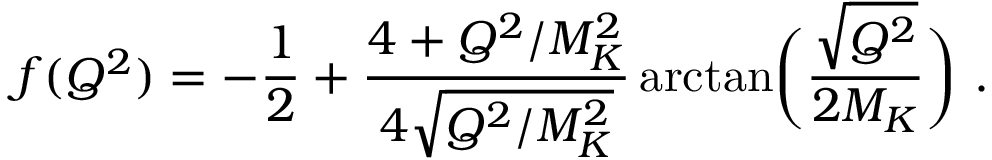
f ( Q ^ { 2 } ) = - \frac { 1 } { 2 } + \frac { 4 + Q ^ { 2 } / M _ { K } ^ { 2 } } { 4 \sqrt { Q ^ { 2 } / M _ { K } ^ { 2 } } } \arctan \biggl ( \frac { \sqrt { Q ^ { 2 } } } { 2 M _ { K } } \biggr ) ~ .